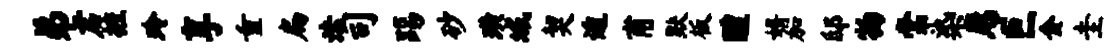
弟君摭玲享重扁法司踢砂璜域契遁甫默板醴婿加邸物棠染席巨金圭